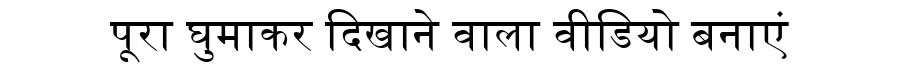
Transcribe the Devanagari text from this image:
पूरा घुमाकर दिखाने वाला वीडियो बनाएं